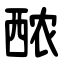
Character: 䙶